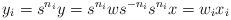
LaTeX: \begin{align*} y_i=s^{n_i}y=s^{n_i}ws^{-n_i}s^{n_i}x=w_ix_i\end{align*}